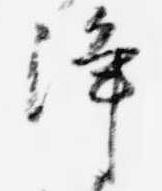
浄